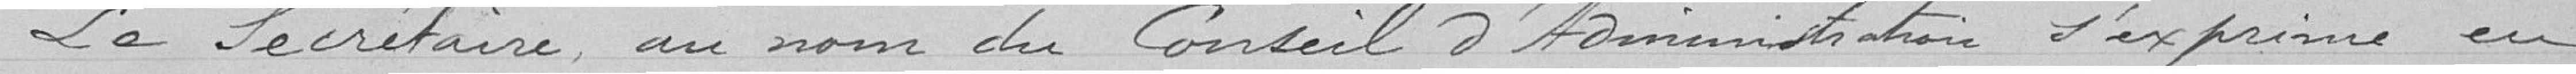
La secrétaire au nom du Conseil d'Administration s'exprime en